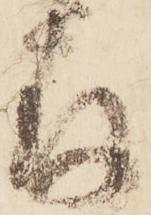
存